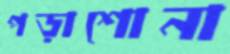
পড়াশোনা